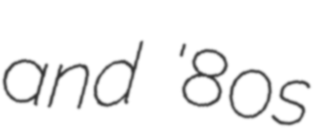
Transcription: and '80s